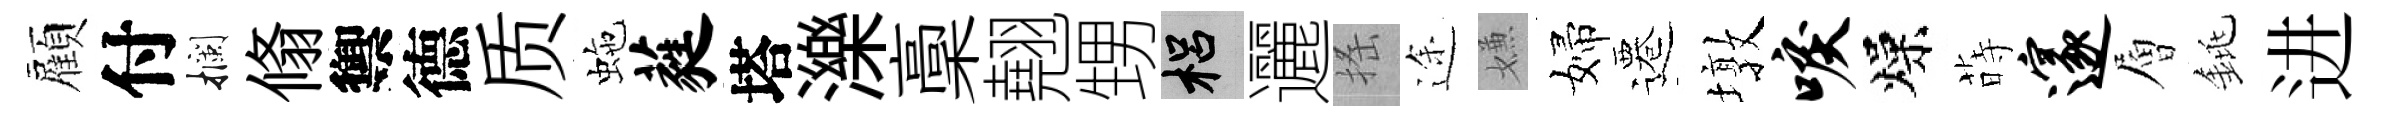
顏付攔翛禦德质虵蕤塔濼稾翹甥梠邐搖途嫌婦遷墩唳燥蒔邃層銚进